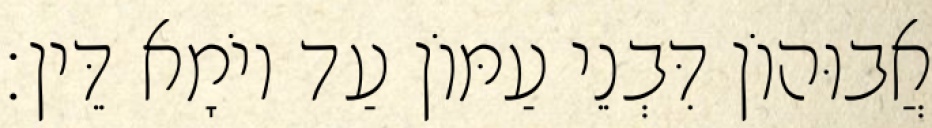
אֲבוּהוֹן דִּבְנֵי עַמּוֹן עַד יוֹמָא דֵּין׃